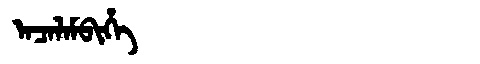
Manchu: ᠠᠴᠠᠯᠠᠮᠪᡳᡥᡝ
Romanization: ACALAMBIHE